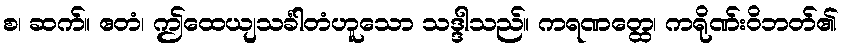
စ၊ ဆက်။ ဧတံ၊ ဤထေယျသင်္ခါတံဟူသော သဒ္ဒါသည်။ ကရဏတ္ထေ၊ ကရိုဏ်းဝိဘတ်၏